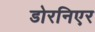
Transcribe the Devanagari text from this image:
डोरनिएर